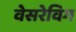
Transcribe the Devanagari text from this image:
वेसरेविग